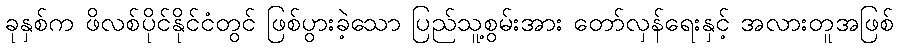
ခုနှစ်က ဖိလစ်ပိုင်နိုင်ငံတွင် ဖြစ်ပွားခဲ့သော ပြည်သူ့စွမ်းအား တော်လှန်ရေးနှင့် အလားတူအဖြစ်